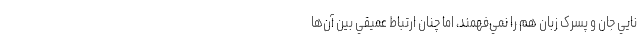
نايي جان و پسرک زبان هم را نمي‌فهمند، اما چنان ارتباط عميقي بين آن‌ها